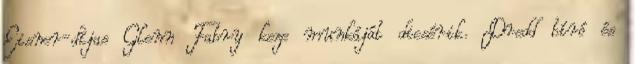
Eisner-díjas Glenn Fabry keze munkáját dicsérik. Dredd bíró és